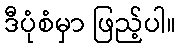
ဒီပုံစံမှာ ဖြည့်ပါ။